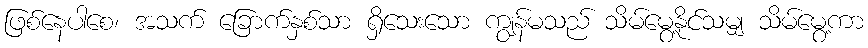
ဖြစ်နေပါစေ၊ အသက် ခြောက်နှစ်သာ ရှိသေးသော ကျွန်မသည် သိမ်မွေ့နိုင်သမျှ သိမ်မွေ့ကာ